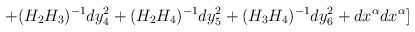
LaTeX: \begin{align*}+(H_2H_3)^{-1}dy_4^2+(H_2H_4)^{-1}dy_5^2+(H_3H_4)^{-1}dy_6^2+dx^{\alpha}dx^{\alpha}]\end{align*}